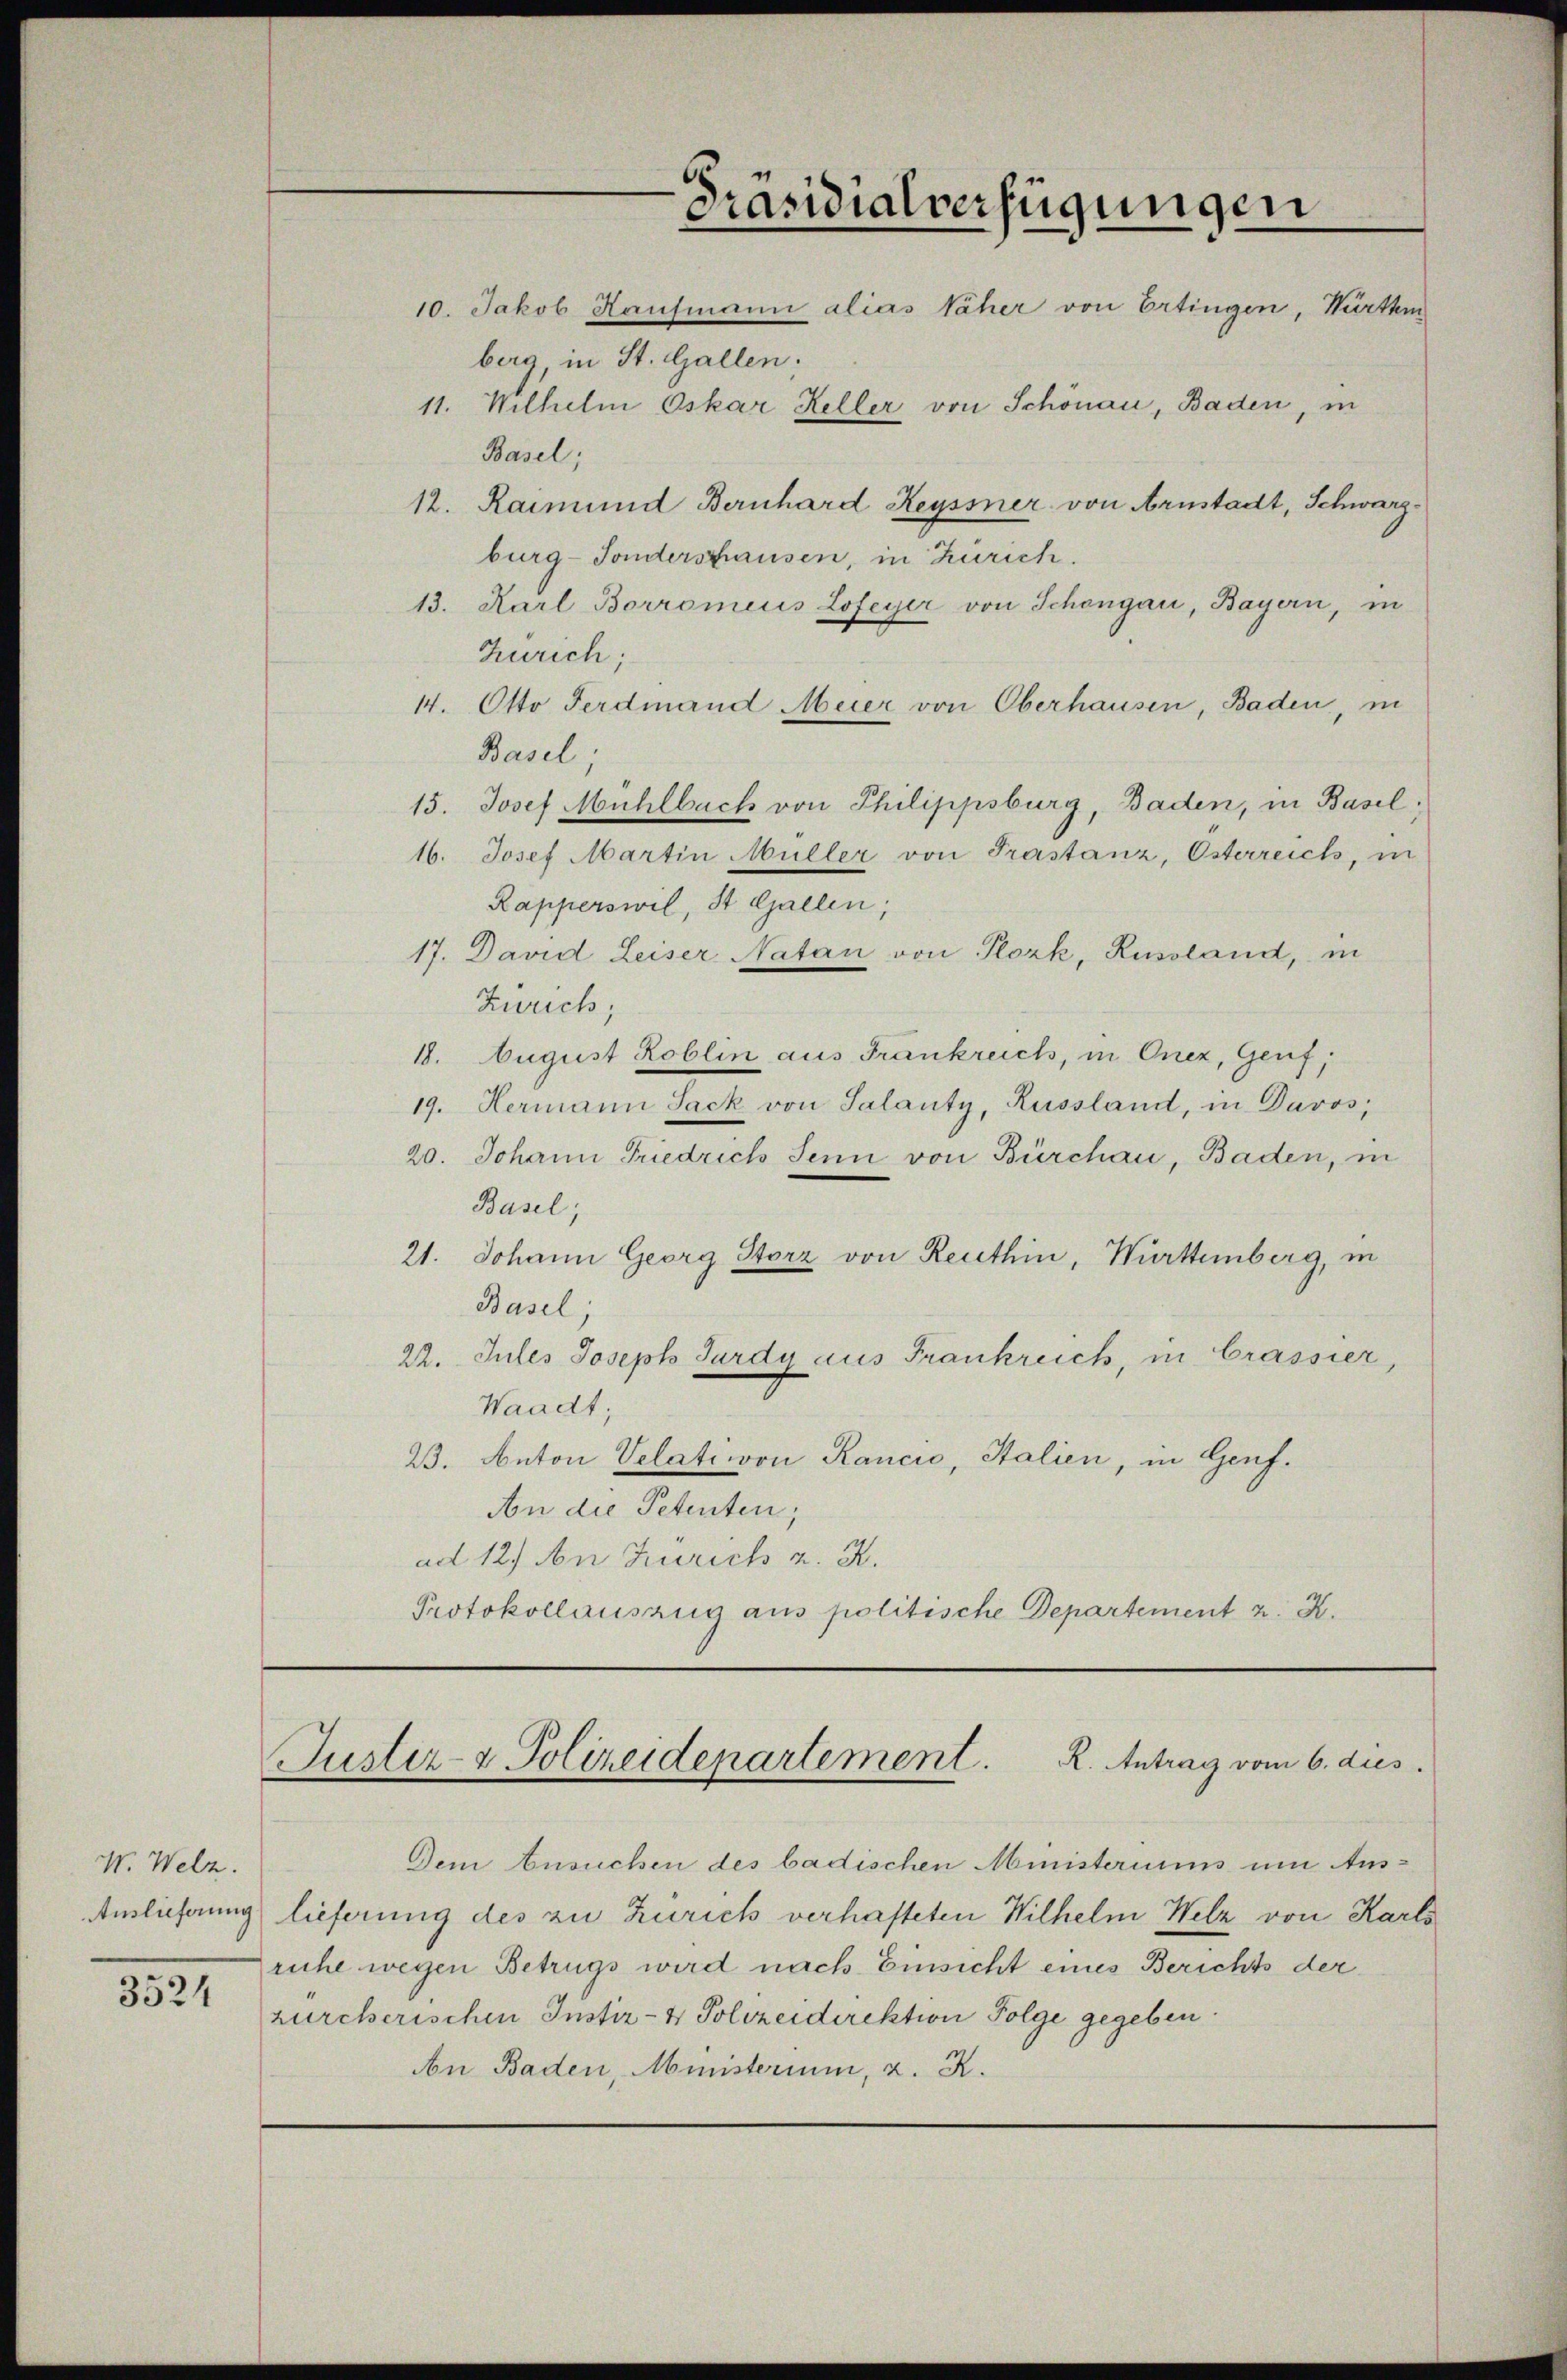
W. Welz.
3524

Präsidialverfügungen
10. Jakob Hausmann alias Näher von Ertingen, Württem

berg, in St. Gallen:
11. Wilhelm Oskar Keller von Schönau, Baden, in
Basel;
12. Raimund Bernhard Reyssner von Arnstadt, Schwarzburg-Sonderschausen, in Zürich.
13. Karl Borromeus Lofeyer von Schöngau, Bayern, in
Zürich;
14. Otto Ferdinand Meier von Oberhausen, Baden, in
Basel
15. Josef Mühlbach von Philippsburg, Baden, in Basel,
16. Josef Martin Müller von Prastanz, Osterreich, in
Rapperswil, St. Gallen;
17. David Leiser Natan von Plozk, Russland, in
Zürich;
18. August Roblin aus Frankreich, in Onez, Genf,
19. Hermann Sack von Salanty, Russland, in Davos,
20. Johann Friedrich Senn von Bürchau, Baden, in
Basel;
21. Johann Georg Storz von Reithin, Württemberg, in
Basel;
22. Jules Joseph Jurdy aus Frankreich, in Crassier,
Waadt,
23. Anton Velation Kancio, Stalien, in Genf.
An die Petenten,
ad 12. An Zürich z. B.
Protokollauszug aus politische Departement z. K.

Justiz- & Polizeidepartement. R. Antrag vom 6. dies

Dem Ansuchen des badischen Ministeriums um Aus-
Auslieferung lieferung des zu Zürich verhafteten Wilhelm Welz von Karls
ruhe wegen Betrugs wird nach Einsicht eines Berichts der
zürcherischen Instiz- & Polizeidirektion Folge gegeben.
An Baden, Ministerium, z. R.